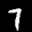
Label: 7